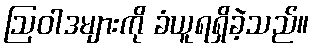
ဩဝါဒများကို ခံယူရရှိခဲ့သည်။